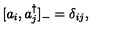
[ a _ { i } , a _ { j } ^ { \dagger } ] _ { - } = \delta _ { i j } ,